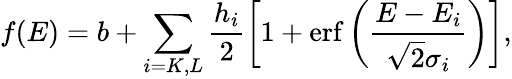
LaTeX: f(E)=b+\sum_{i=K,L}\frac{h_{i}}{2}\left[1+\mathrm{erf}\left(\frac{E-E_{i}}{\sqrt{2}\sigma_{i}}\right)\right],